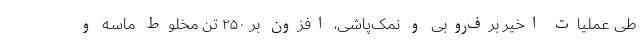
طی عملیات اخیر برف‌روبی و نمک‌پاشی، افزون بر ۲۵۰ تُن مخلوط ماسه و